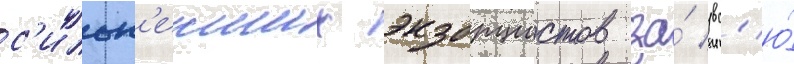
с'ильн'еиших экзорцистов за́ вс'ю́